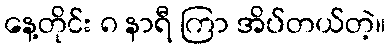
နေ့တိုင်း ၈ နာရီ ကြာ အိပ်တယ်တဲ့။